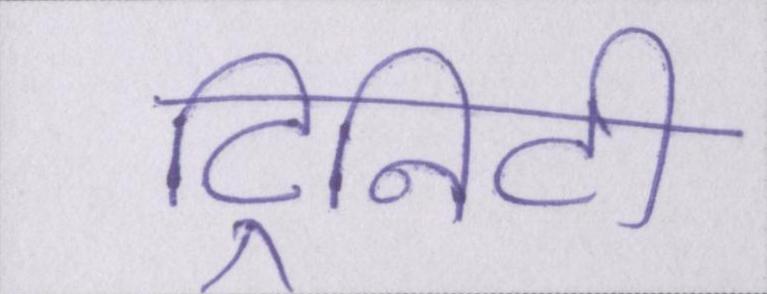
ट्रिनिटी